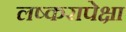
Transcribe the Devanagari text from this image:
लष्करापेक्षा